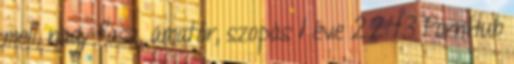
mell, nagy fasz, amatőr, szopás 1 éve 22:43 PornHub